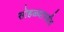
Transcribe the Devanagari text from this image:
सोहळ्यापर्यंत